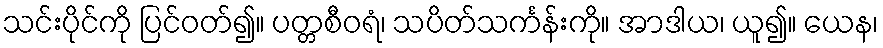
သင်းပိုင်ကို ပြင်ဝတ်၍။ ပတ္တစီဝရံ၊ သပိတ်သင်္ကန်းကို။ အာဒါယ၊ ယူ၍။ ယေန၊